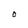
Character: O